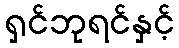
ရှင်ဘုရင်နှင့်